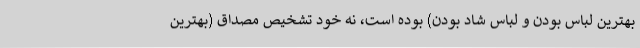
بهترین لباس بودن و لباس شاد بودن) بوده است، نه خود تشخیص مصداق (بهترین